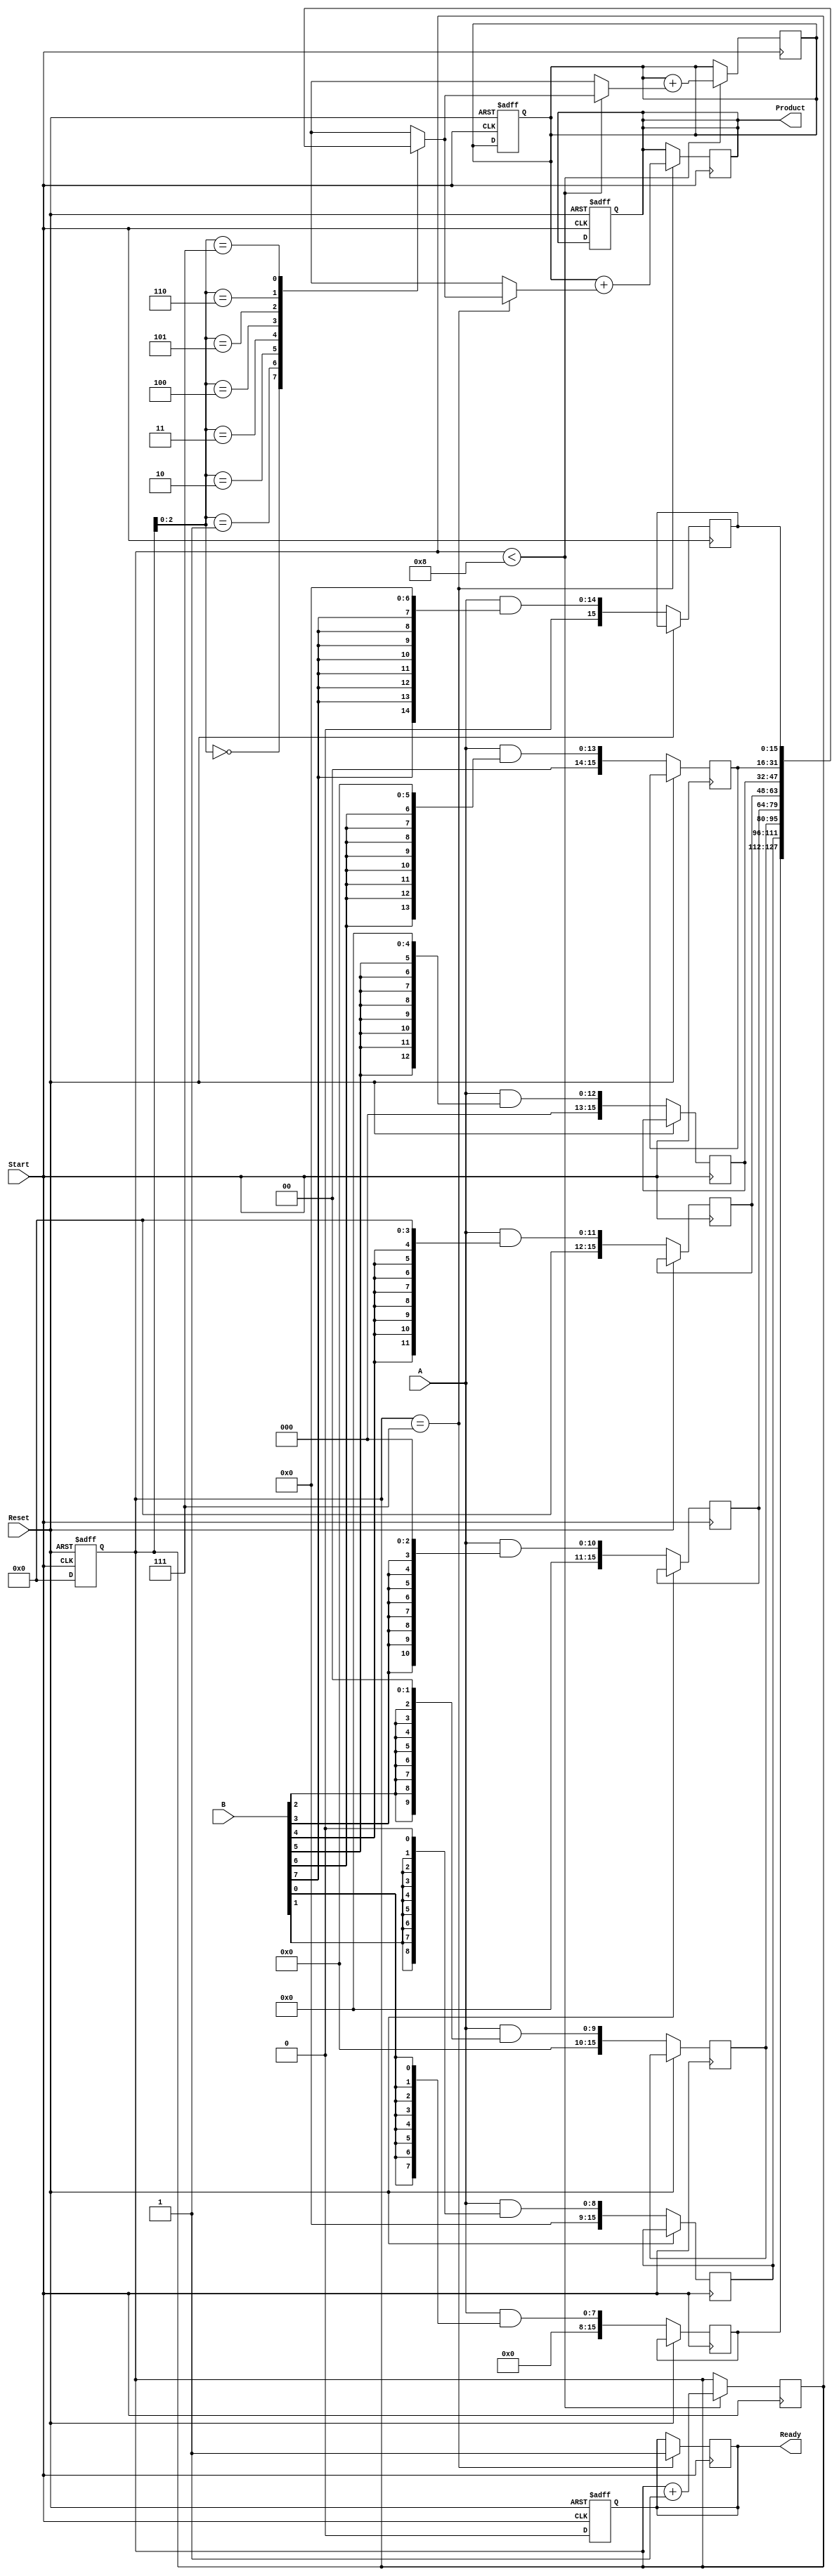
module PartialProductAccumulator #(parameter n = 8, parameter m = 8) (
    input  wire [n-1:0] A,         // The multiplicand
    input  wire [m-1:0] B,         // The multiplier
    input  wire Start,              // Control signal to start multiplication
    input  wire Reset,              // Control signal to reset the accumulator
    output reg  [n+m-1:0] Product,  // Final product output
    output reg  Ready               // Indicates multiplication completion
);

    reg [n+m-1:0] partial_products[m-1:0]; // Array for partial products
    reg [3:0] count;                       // Counter for the number of bits processed
    reg [n+m-1:0] Accumulator;             // Accumulator for intermediate results

    integer i;                             // Loop variable

    always @(posedge Start or posedge Reset) begin
        if (Reset) begin
            Product <= 0;
            Accumulator <= 0;
            count <= 0;
            Ready <= 0;
        end else if (Start) begin
            // Generate partial products
            for (i = 0; i < m; i = i + 1) begin
                partial_products[i] = A & {n{B[i]}} << i; // AND and shift
            end
            count <= 0; // Initialize count
            Ready <= 0; // Set ready to low
        end
    end

    // Sequential accumulation of partial products
    always @(posedge Start) begin
        if (count < m) begin
            // Accumulate the partial products
            Accumulator <= Accumulator + partial_products[count];
            count <= count + 1;
        end

        // Check if all partial products have been accumulated
        if (count == m - 1) begin
            Product <= Accumulator + partial_products[count]; // Final addition
            Ready <= 1; // Indicate readiness
        end
    end
endmodule